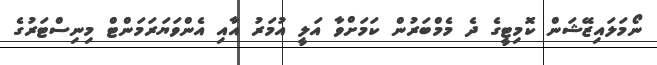
ނޯމަލައިޒޭޝަން ކޮމިޓީގެ ދެ މެމްބަރުން ކަމަށްވާ އަލީ އުމަރު އާއި އެންވަޔަރަމަންޓް މިނިސްޓަރުގެ